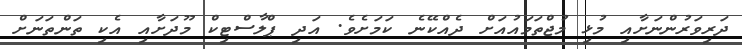
ދަރިވަރުންނަށާއި މުޅި މުޖްތަމައުއަށް ދެއްކޭނެ ކަމަށެވެ. އަދި ޕްލާސްޓިކް މޫދަށާއި އެކި ތަންތަނަށް